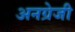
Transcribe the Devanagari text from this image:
अनग्रेजी